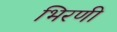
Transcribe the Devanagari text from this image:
भिरणी